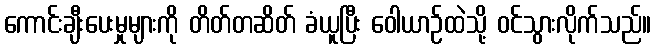
ကောင်းချီးပေးမှုများကို တိတ်တဆိတ် ခံယူပြီး ဝေါယာဉ်ထဲသို့ ဝင်သွားလိုက်သည်။